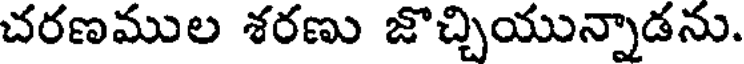
చరణముల శరణు జొచ్చియున్నాడను.